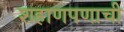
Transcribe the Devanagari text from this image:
शहाणपणाची